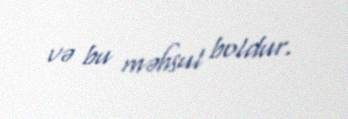
və bu məhsul boldur.